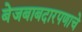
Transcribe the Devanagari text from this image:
बेजबाबदारपणाचे